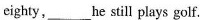
eighty, __ he still plays golf.